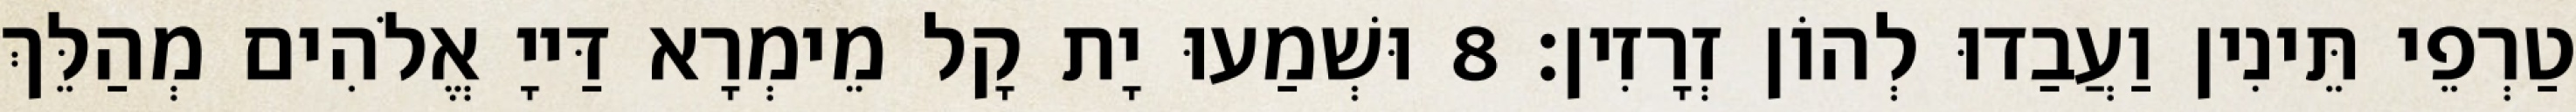
טַרְפֵי תֵּינִין וַעֲבַדוּ לְהוֹן זְרָזִין׃ 8 וּשְׁמַעוּ יָת קָל מֵימְרָא דַּייָ אֱלֹהִים מְהַלֵּךְ